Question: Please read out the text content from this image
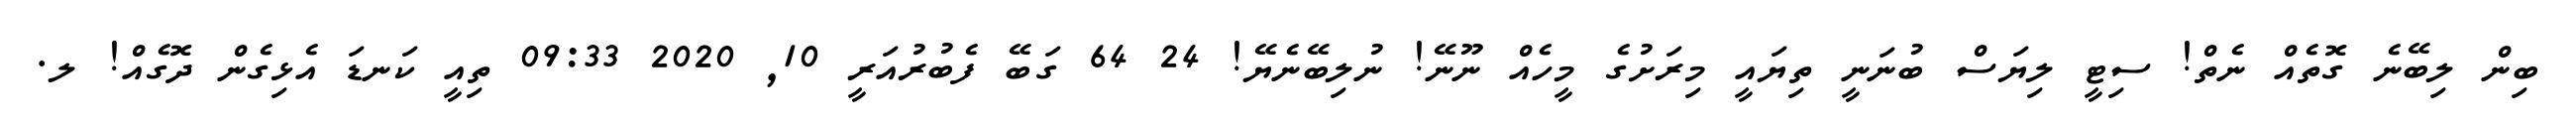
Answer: ބިން ލިބޭނެ ގޮތެއް ނެތް! ސިޓީ ލިޔަސް ބުނަނީ ތިޔައީ މިރަށުގެ މީހެއް ނޫނޭ! ނުލިބޭނެޔޭ! 24 64 ގަބޭ ފެބުރުއަރީ 10, 2020 09:33 ތިއީ ކަނޑަ އެޅިގެން ދޮގެއް! ލ.